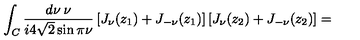
\int _ { C } \frac { d \nu \: \nu } { i 4 \sqrt { 2 } \sin \pi \nu } \left[ J _ { \nu } ( z _ { 1 } ) + J _ { - \nu } ( z _ { 1 } ) \right] \left[ J _ { \nu } ( z _ { 2 } ) + J _ { - \nu } ( z _ { 2 } ) \right] =